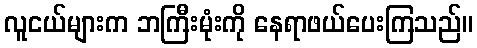
လူငယ်များက ဘကြီးမုံးကို နေရာဖယ်ပေးကြသည်။